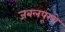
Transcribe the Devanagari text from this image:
जबलपूरचे